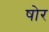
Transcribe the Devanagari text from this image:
षोर